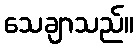
သေချာသည်။